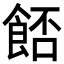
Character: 𩛷